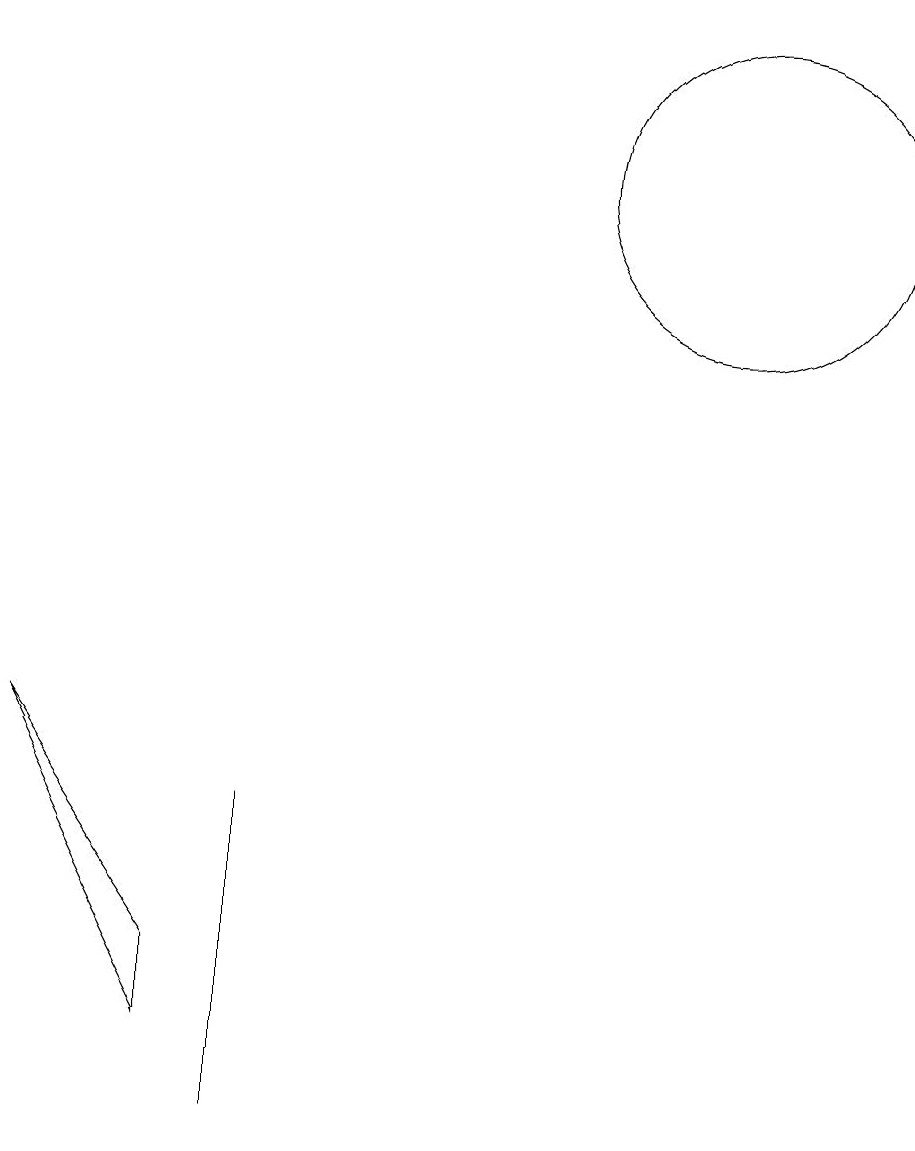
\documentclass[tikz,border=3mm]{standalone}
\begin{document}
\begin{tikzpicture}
\draw (5,1) -- (5,2) -- (3,5) -- cycle;
\draw (6,1) -- (6,4) -- (6,0) -- cycle;
\draw (12,12) circle (2);
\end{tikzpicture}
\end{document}